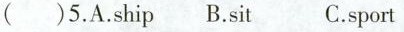
( )5. A. Ship B. st C. spot